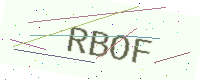
Text: RBOF